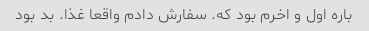
باره اول و اخرم بود که. سفارش دادم واقعا غذا. بد بود